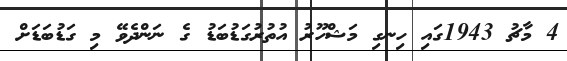
4 މާޗު 1943ގައި ހިނގި މަޝްހޫރު އުތުރުގަޑުބަޑު ގެ ނަންދެވޭ މި ގަޑުބަޑަށް